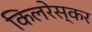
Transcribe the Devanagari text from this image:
किलरेस्कर